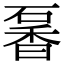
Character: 𥔡